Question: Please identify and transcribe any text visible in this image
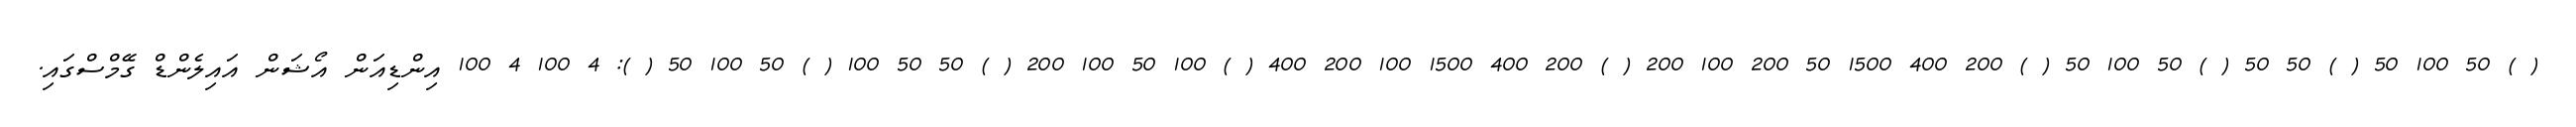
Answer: ( ) 50 100 50 ( ) 50 50 ( ) 50 100 50 ( ) 200 400 1500 50 200 100 200 ( ) 200 400 1500 100 200 400 ( ) 100 50 100 200 ( ) 50 50 100 ( ) 50 100 50 ( ): 4 100 4 100 އިންޑިއަން އޯޝަން އައިލެންޑް ގޭމްސްގައި.